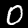
Digit: 0